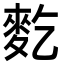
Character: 麧